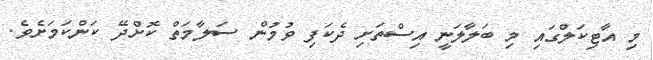
މި އާޓިކަލްގައި މި ބަލާލަނީ އިސްތަށި ދެކަފި ވުމުން ސަލާމަތް ކޮށްދޭ ކަންކަމަށެވެ.